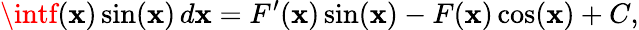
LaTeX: \intf(\mathbf{x})\sin(\mathbf{x})\, d\mathbf{x}=F^{\prime}(\mathbf{x})\sin(\mathbf{x})-F(\mathbf{x})\cos(\mathbf{x})+C,